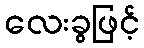
လေးခွဖြင့်